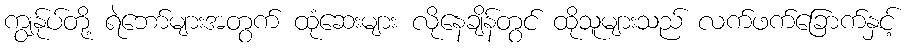
ကျွန်ုပ်တို့ ရဲဘော်များအတွက် ထုံဆေးများ လိုနေချိန်တွင် ထိုသူများသည် လက်ဖက်ခြောက်နှင့်